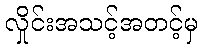
လှိုင်းအသင့်အတင့်မှ